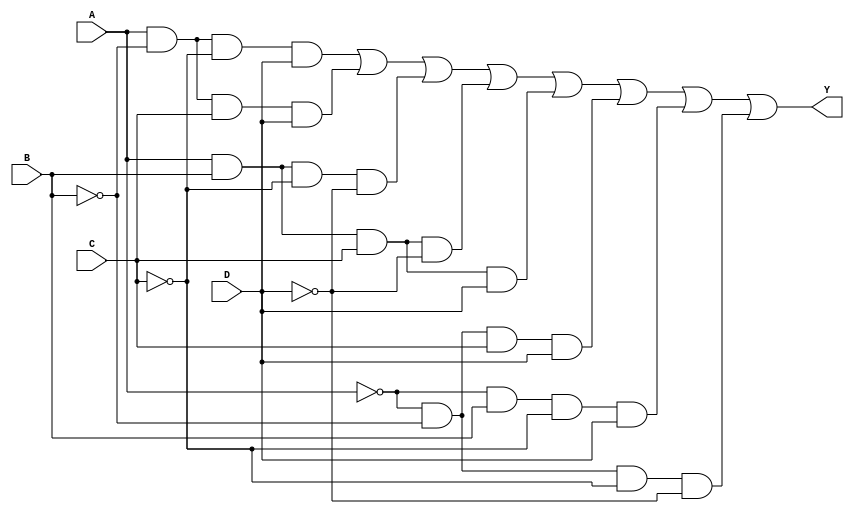
module KMap4Variable (
    input wire A,  // First variable
    input wire B,  // Second variable
    input wire C,  // Third variable
    input wire D,  // Fourth variable
    output wire Y  // Output variable
);

    // Internal net to represent the K-map output
    assign Y = 
        (A & ~B & ~C & D) |  // Row 00 Column 01
        (A & ~B & C & D) |   // Row 00 Column 11
        (A & B & ~C & ~D) |  // Row 01 Column 00
        (A & B & C & ~D) |   // Row 01 Column 01
        (A & B & C & D) |    // Row 01 Column 11
        (~A & ~B & C & D) |  // Row 11 Column 11
        (~A & B & ~C & D) |  // Row 10 Column 01
        (~A & ~B & ~C & ~D); // Row 00 Column 00

    // Example K-map based on some input values (1's and 0's):
    // | AB\CD | 00 | 01 | 11 | 10 |
    // |-------|----|----|----|----|
    // |  00   |  1 |  1 |  0 |  0 |
    // |  01   |  1 |  1 |  1 |  0 |
    // |  11   |  0 |  1 |  1 |  0 |
    // |  10   |  1 |  0 |  0 |  0 |

    // The above K-map would correspond to the given output:
    // 1. For A=0, B=0, C=0, D=0  Y=1
    // 2. For A=0, B=0, C=0, D=1  Y=1
    // 3. For A=0, B=1, C=0, D=0  Y=1
    // ...
    // Continue for other combinations of A, B, C, D as per the K-map.

endmodule